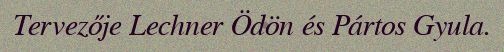
Tervezője Lechner Ödön és Pártos Gyula.